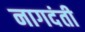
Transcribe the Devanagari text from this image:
नागदंती